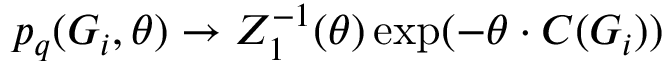
p _ { q } ( G _ { i } , \theta ) \rightarrow { Z _ { 1 } ^ { - 1 } ( \theta ) } \exp ( - \theta \cdot C ( G _ { i } ) )